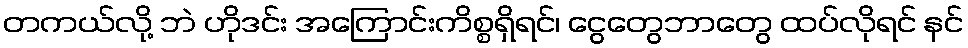
တကယ်လို့ ဘဲ ဟိုဒင်း အကြောင်းကိစ္စရှိရင်၊ ငွေတွေဘာတွေ ထပ်လိုရင် နင်